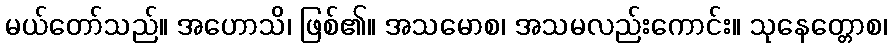
မယ်တော်သည်။ အဟောသိ၊ ဖြစ်၏။ အသမောစ၊ အသမလည်းကောင်း။ သုနေတ္တောစ၊